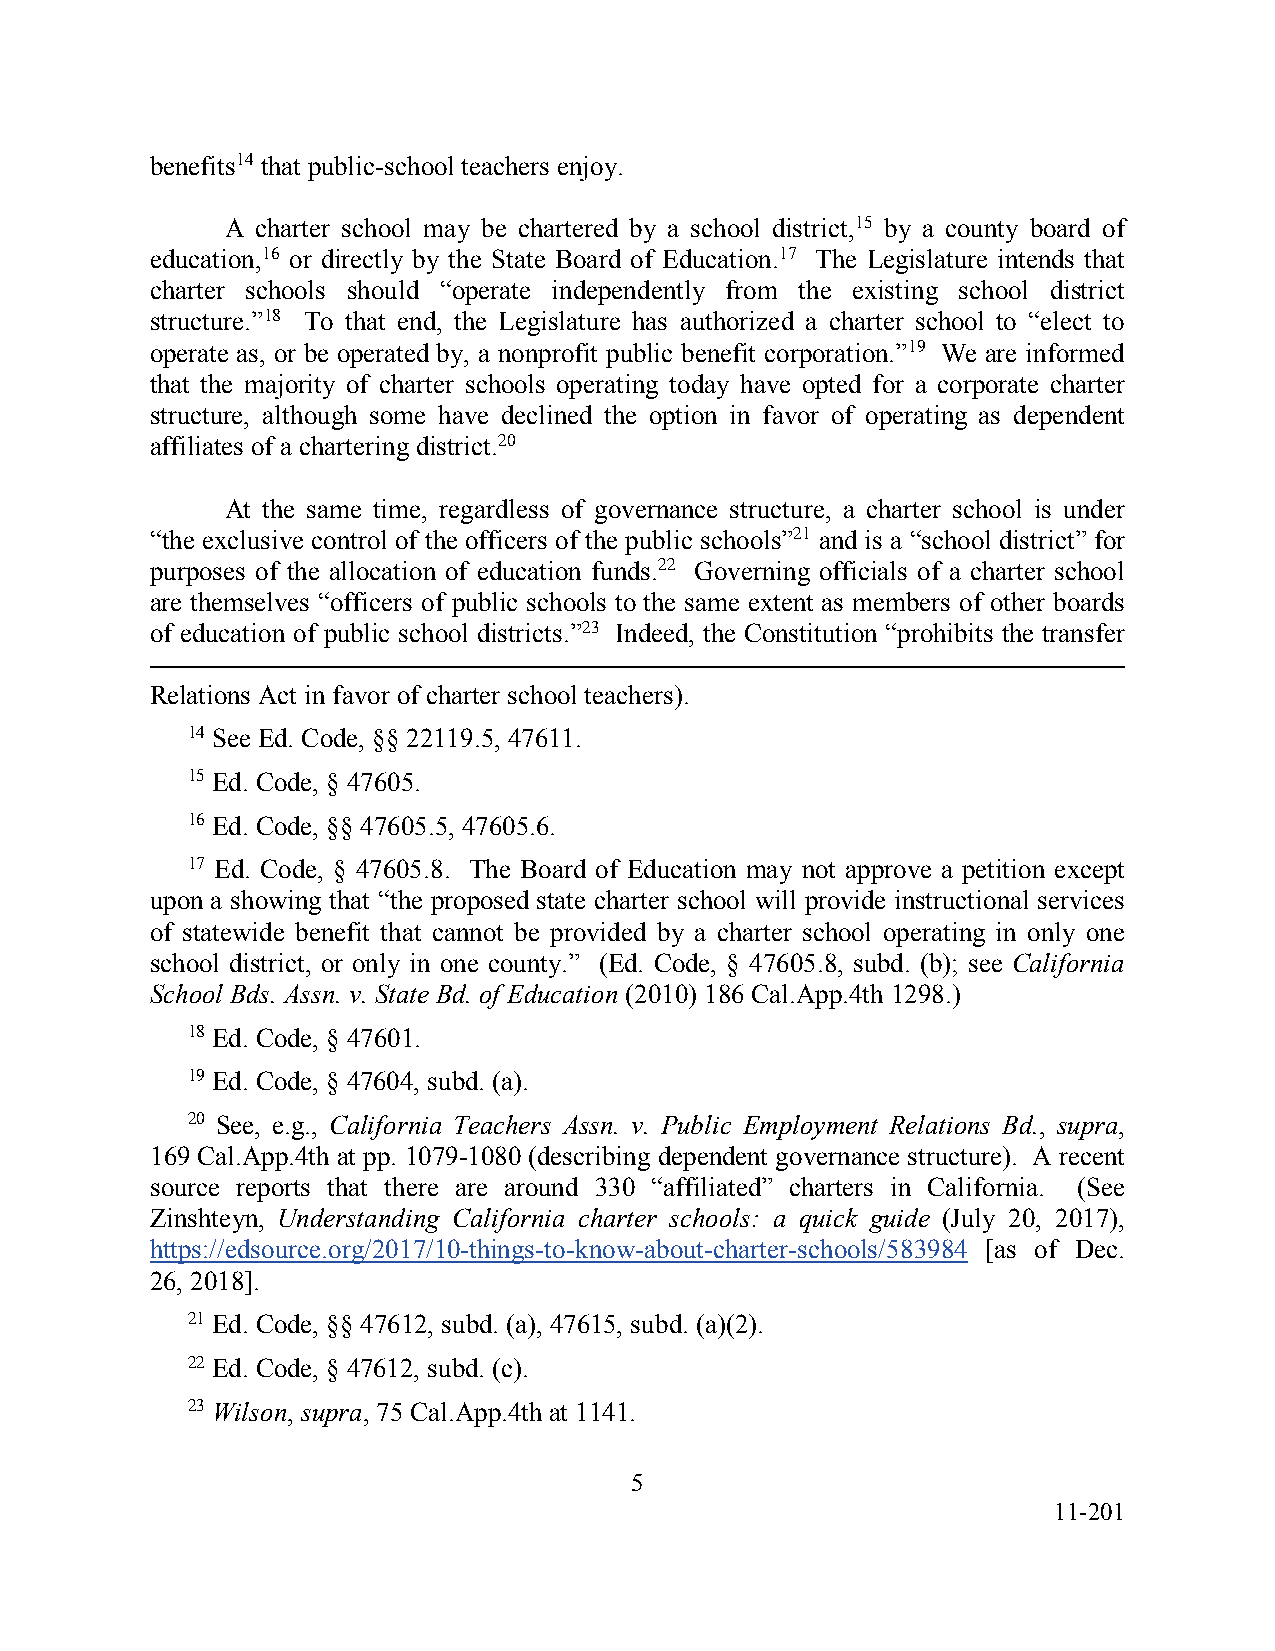
benefits14 that public-school teachers enjoy.
 A charter school may be chartered by a school district,15 by a county board of
 education,16 or directly by the State Board of Education.17 The Legislature intends that
 charter schools should “operate independently from the existing school district
 structure.”18 To that end, the Legislature has authorized a charter school to “elect to
 operate as, or be operated by, a nonprofit public benefit corporation.”19 We are informed
 that the majority of charter schools operating today have opted for a corporate charter
 structure, although some have declined the option in favor of operating as dependent
 affiliates of a chartering district.20
 At the same time, regardless of governance structure, a charter school is under
 “the exclusive control of the officers of the public schools”21 and is a “school district” for
 purposes of the allocation of education funds.22 Governing officials of a charter school
 are themselves “officers of public schools to the same extent as members of other boards
 of education of public school districts.”23 Indeed, the Constitution “prohibits the transfer
 Relations Act in favor of charter school teachers).
 14 See Ed. Code, §§ 22119.5, 47611.
 15 Ed. Code, § 47605.
 16 Ed. Code, §§ 47605.5, 47605.6.
 17 Ed. Code, § 47605.8. The Board of Education may not approve a petition except
 upon a showing that “the proposed state charter school will provide instructional services
 of statewide benefit that cannot be provided by a charter school operating in only one
 school district, or only in one county.” (Ed. Code, § 47605.8, subd. (b); see California
 School Bds. Assn. v. State Bd. of Education (2010) 186 Cal.App.4th 1298.)
 18 Ed. Code, § 47601.
 19 Ed. Code, § 47604, subd. (a).
 20 See, e.g., California Teachers Assn. v. Public Employment Relations Bd., supra,
 169 Cal.App.4th at pp. 1079-1080 (describing dependent governance structure). A recent
 source reports that there are around 330 “affiliated” charters in California. (See
 Zinshteyn, Understanding California charter schools: a quick guide (July 20, 2017),
 https://edsource.org/2017/10-things-to-know-about-charter-schools/583984 [as of Dec.
 26, 2018].
 21 Ed. Code, §§ 47612, subd. (a), 47615, subd. (a)(2).
 22 Ed. Code, § 47612, subd. (c).
 23 Wilson, supra, 75 Cal.App.4th at 1141.
 5
 11-201